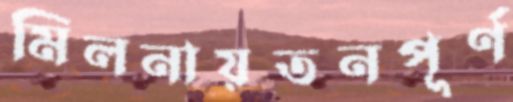
মিলনায়তনপূর্ণ